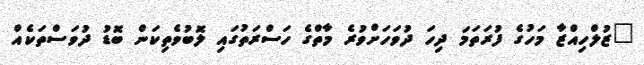
"ޒުލްހިއްޒާ މަހުގެ ފުރަތަމަ ދިހަ ދުވަހަށްވުރެ މާތްގެ ހަސްރަތުގައި ލޮބުވެތިކަން ބޮޑު ދުވަސްތަކެއް